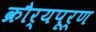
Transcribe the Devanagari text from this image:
क्रौर्यपूर्ण